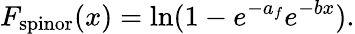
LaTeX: F_{\mathrm{spinor}}(x)=\ln(1-e^{-a_{f}}e^{-bx}).